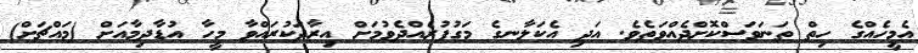
އެމީހެއްގެ ހިތް ތަނަވަސްކޮށްދެއްވަތެވެ. އަދި އެކަލާނގެ މަގުފުރެއްދެވުމަށް އިރާދަކުރައްވާ މީހާ އުޑާދިމާއަށް (މައްޗަށް)